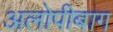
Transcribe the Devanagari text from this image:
अलोपीबाग